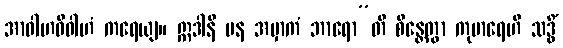
အာဝါဟဝိဝါဟံ ကရေယျ။ ဣဒါနိ ပန အမှာကံ ဘာရော”တိ စိန္တေတွာ ကုမာရေဟိ သဒ္ဓိံ